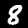
Label: 8